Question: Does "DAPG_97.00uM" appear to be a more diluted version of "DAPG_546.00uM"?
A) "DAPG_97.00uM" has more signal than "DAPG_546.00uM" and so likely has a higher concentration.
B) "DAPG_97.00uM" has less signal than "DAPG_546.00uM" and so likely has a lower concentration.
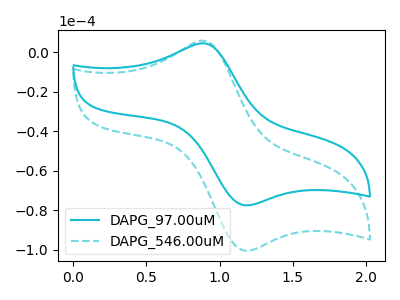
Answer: <think>The cyan curve "DAPG_97.00uM" has an anodic peak at (0.90V, 4.50uA) and a cathodic peak at (1.20V, -77.45uA). The cyan dashed curve "DAPG_546.00uM" has an anodic peak at (0.90V, 5.80uA) and a cathodic peak at (1.20V, -100.45uA).
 All the peaks in "DAPG_97.00uM" have a peak in "DAPG_546.00uM" at the same potential. Every peak in "DAPG_97.00uM" is lower than every peak in "DAPG_546.00uM".</think>
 <answer>B) "DAPG_97.00uM" has less signal than "DAPG_546.00uM" and so likely has a lower concentration.</answer>
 <eval>B</eval>